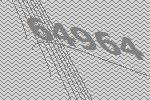
64964